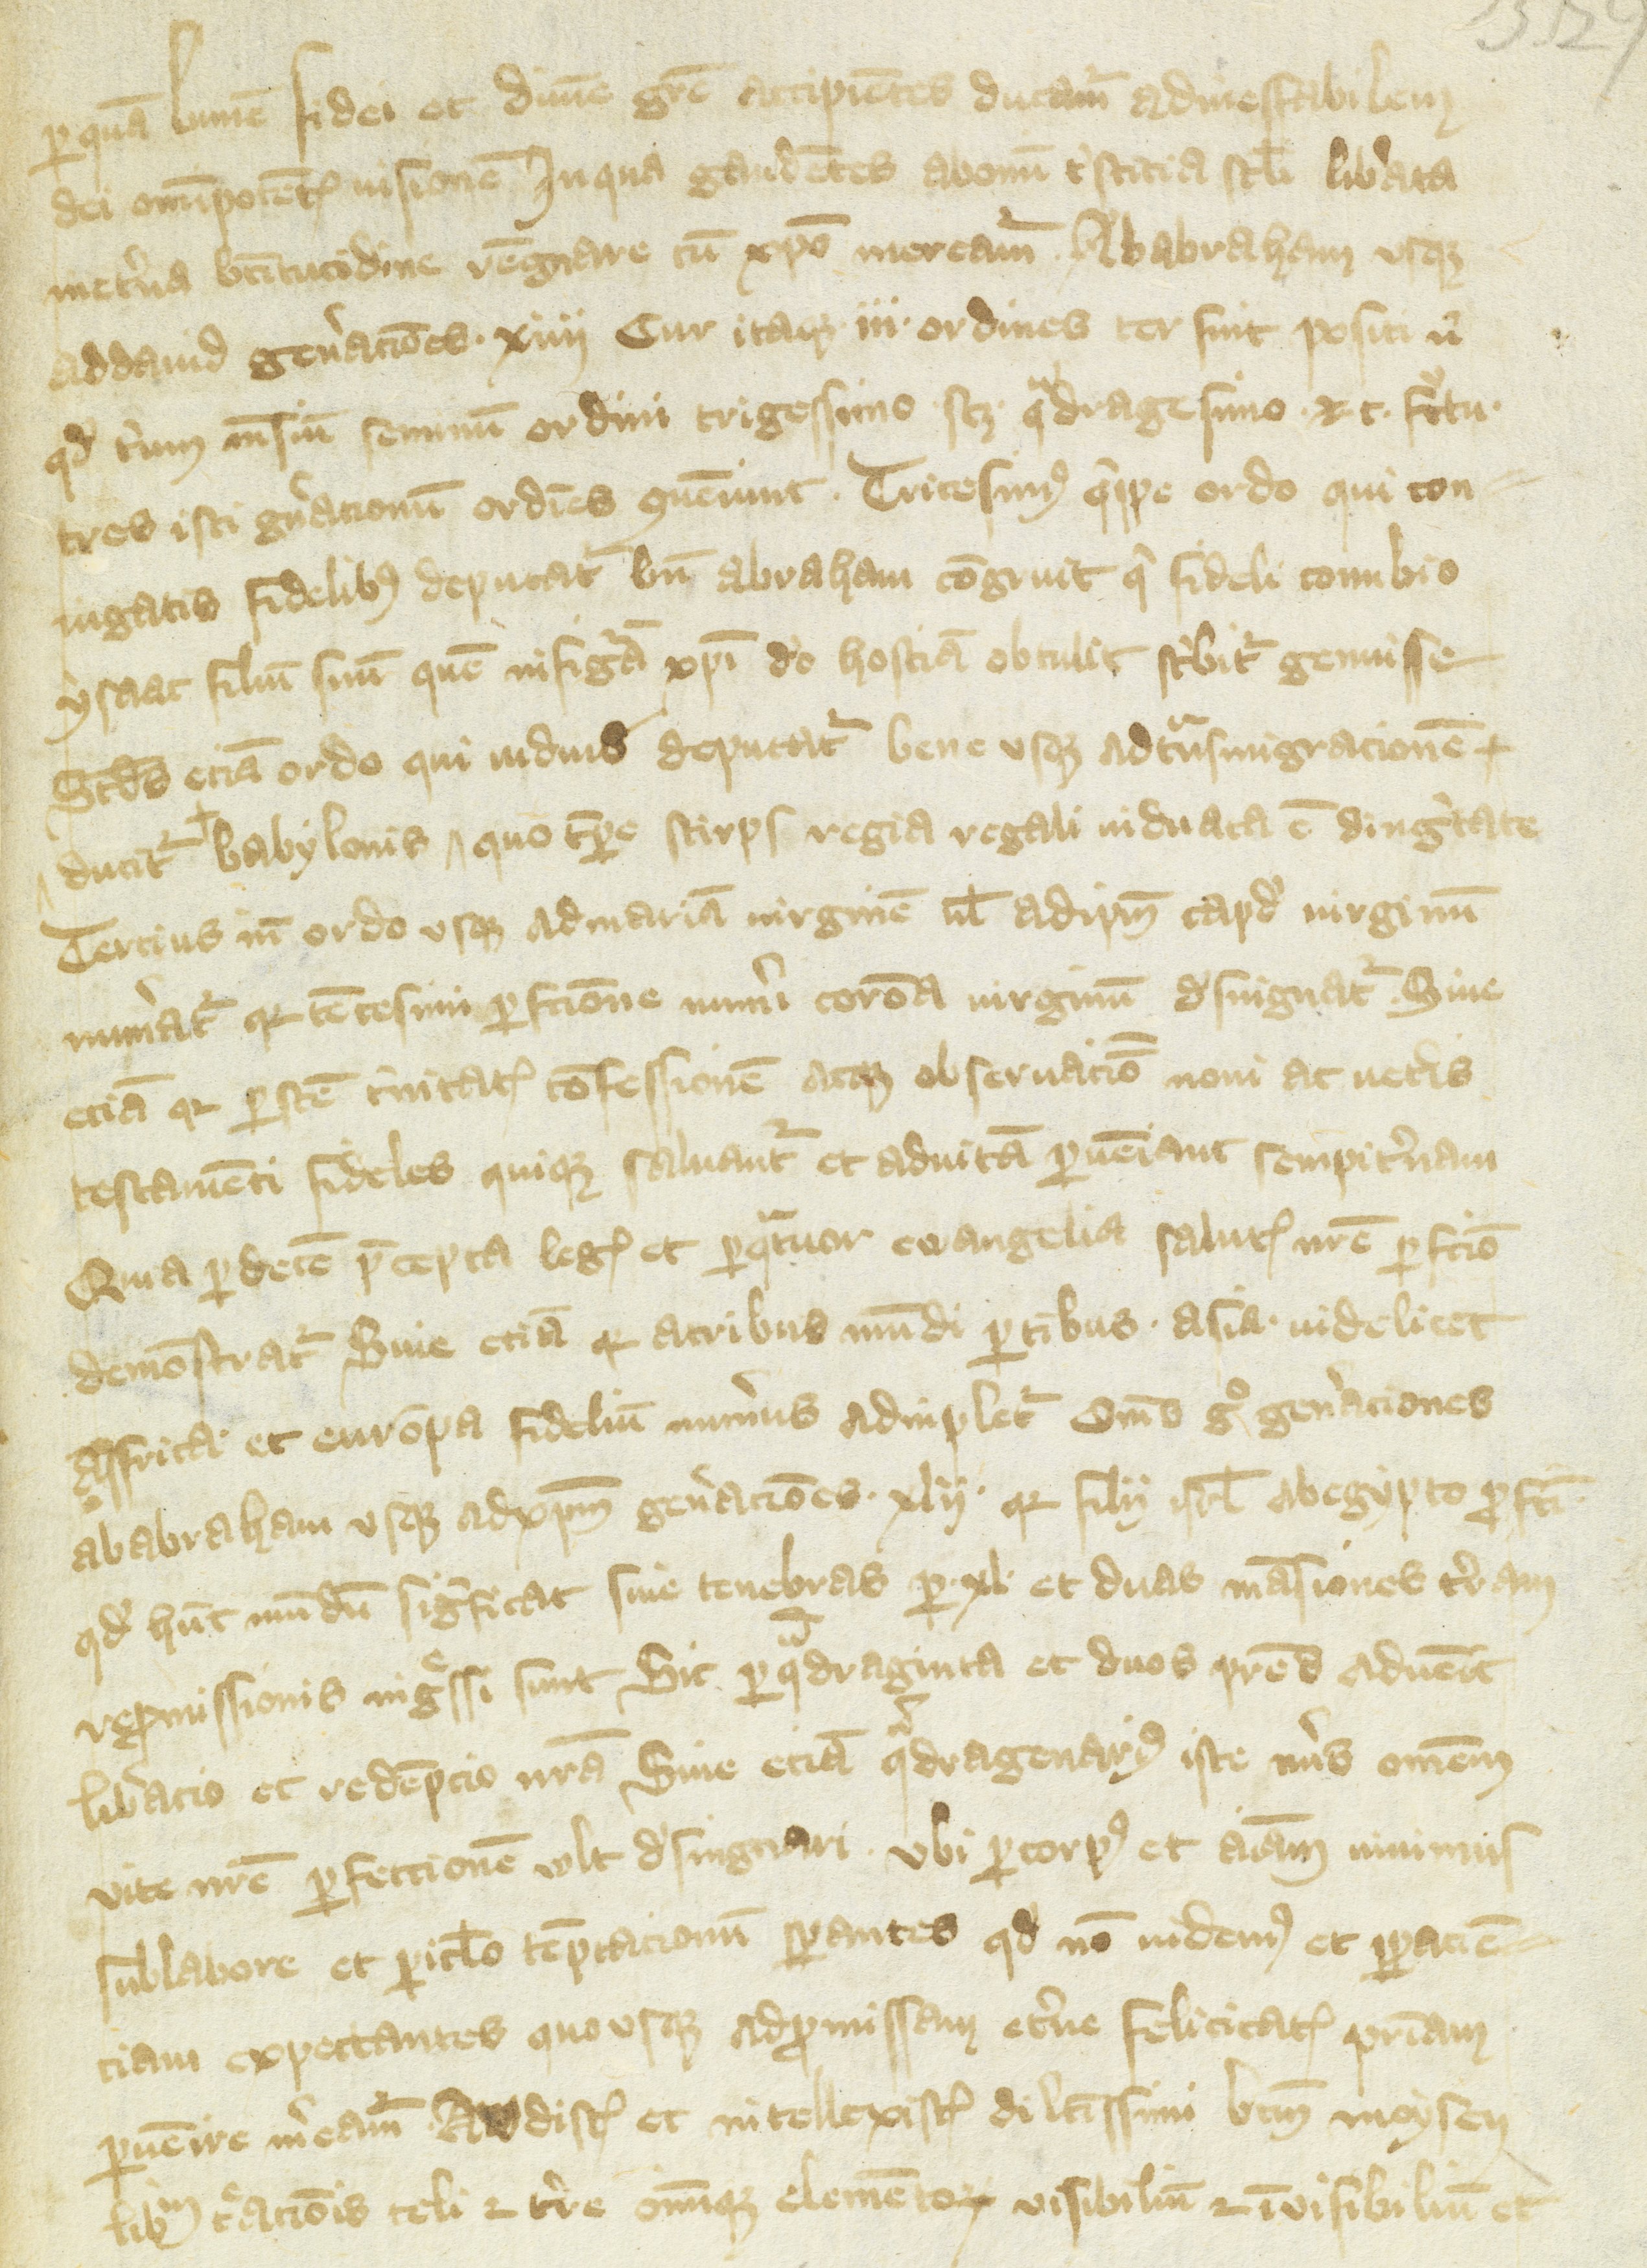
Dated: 1430–1430